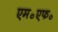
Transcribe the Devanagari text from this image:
एम॰एफ॰